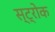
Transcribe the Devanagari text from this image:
स्‍ट्रोक